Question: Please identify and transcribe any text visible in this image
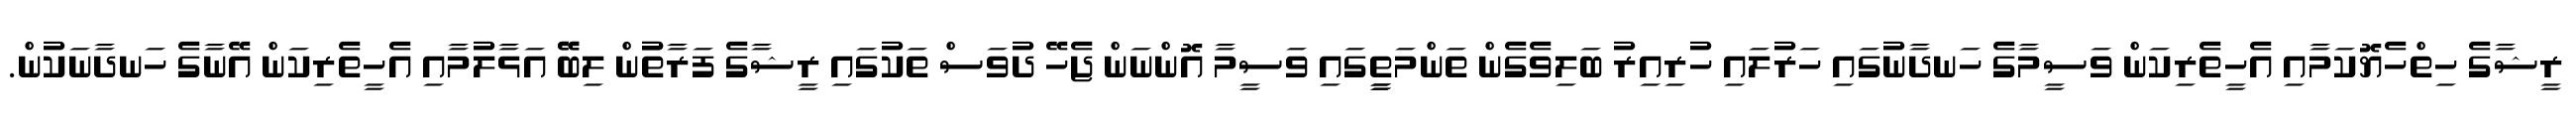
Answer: ރީޝާގެ ހިތްހެޔޮކަމާއި އެހީތެރިކަން ވަސީމާގެ ހަނދާނުގައި ހަރުލައި ހުރިއިރު ބަލިވެގެން ތަންމަތީީގައި ވަސީމާ އޮންނަން ޖެހޭ ދުވަސް ތަކުގައި ރީޝާގެ ފަރާތުުން ލިބޭޭ އަޅާލުމާއި އެހީތެރިކަން އޭނާގެ ހަނދާނަކުން.